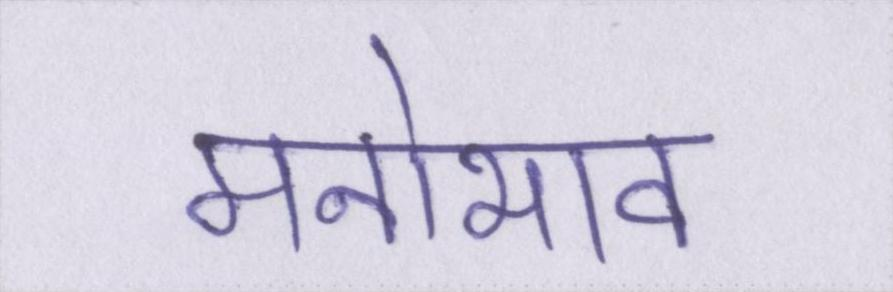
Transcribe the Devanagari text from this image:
मनोभाव